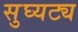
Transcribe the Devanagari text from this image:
सुघ्यट्य